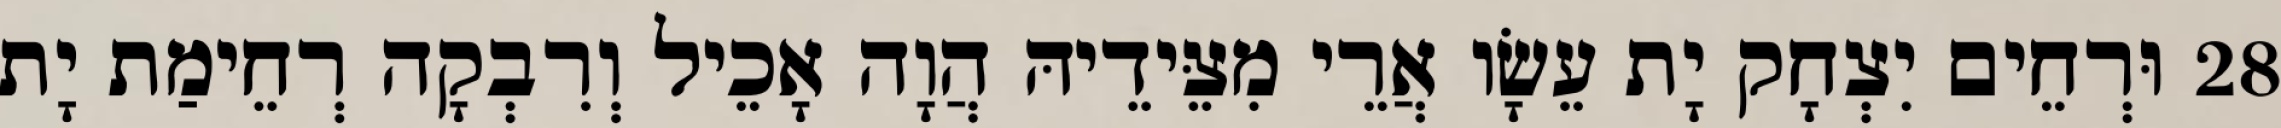
28 וּרְחֵים יִצְחָק יָת עֵשָׂו אֲרֵי מִצֵּידֵיהּ הֲוָה אָכֵיל וְרִבְקָה רְחֵימַת יָת